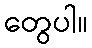
တွေပါ။